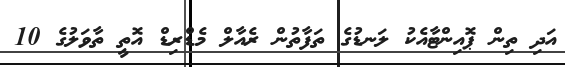
އަދި ތިން ޕޮއިންޓާއެކު ލަނޑުގެ ތަފާތުން ރެއާލް މެޑްރިޑް އޮތީ ތާވަލުގެ 10